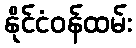
နိုင်ငံဝန်ထမ်း